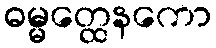
ဓမ္မတ္ထေနကော